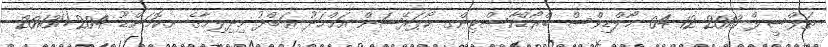
ތަފްސީލް 2013-12-04 މޯލްޑިވްސް ބްރޯޑްކާސްޓިންގ ކޯޕަރޭޝަން އަޙްމަދު ޢަބްދު މިދިލިމާގެ ށ.ކޮމަންޑޫ 204//2013